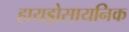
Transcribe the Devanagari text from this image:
हायड्रोसायनिक